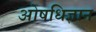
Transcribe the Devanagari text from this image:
ओषधिज्ञान